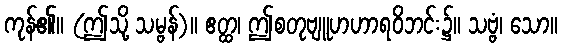
ကုန်၏။ (ဤသို့ သမ္ဗန်)။ ဧတ္ထ၊ ဤစတုဗျူဟဟာရဝိဘင်း၌။ သဗ္ဗံ၊ သော။